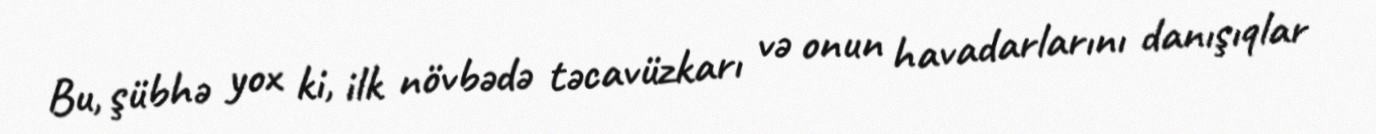
Bu, şübhə yox ki, ilk növbədə təcavüzkarı və onun havadarlarını danışıqlar